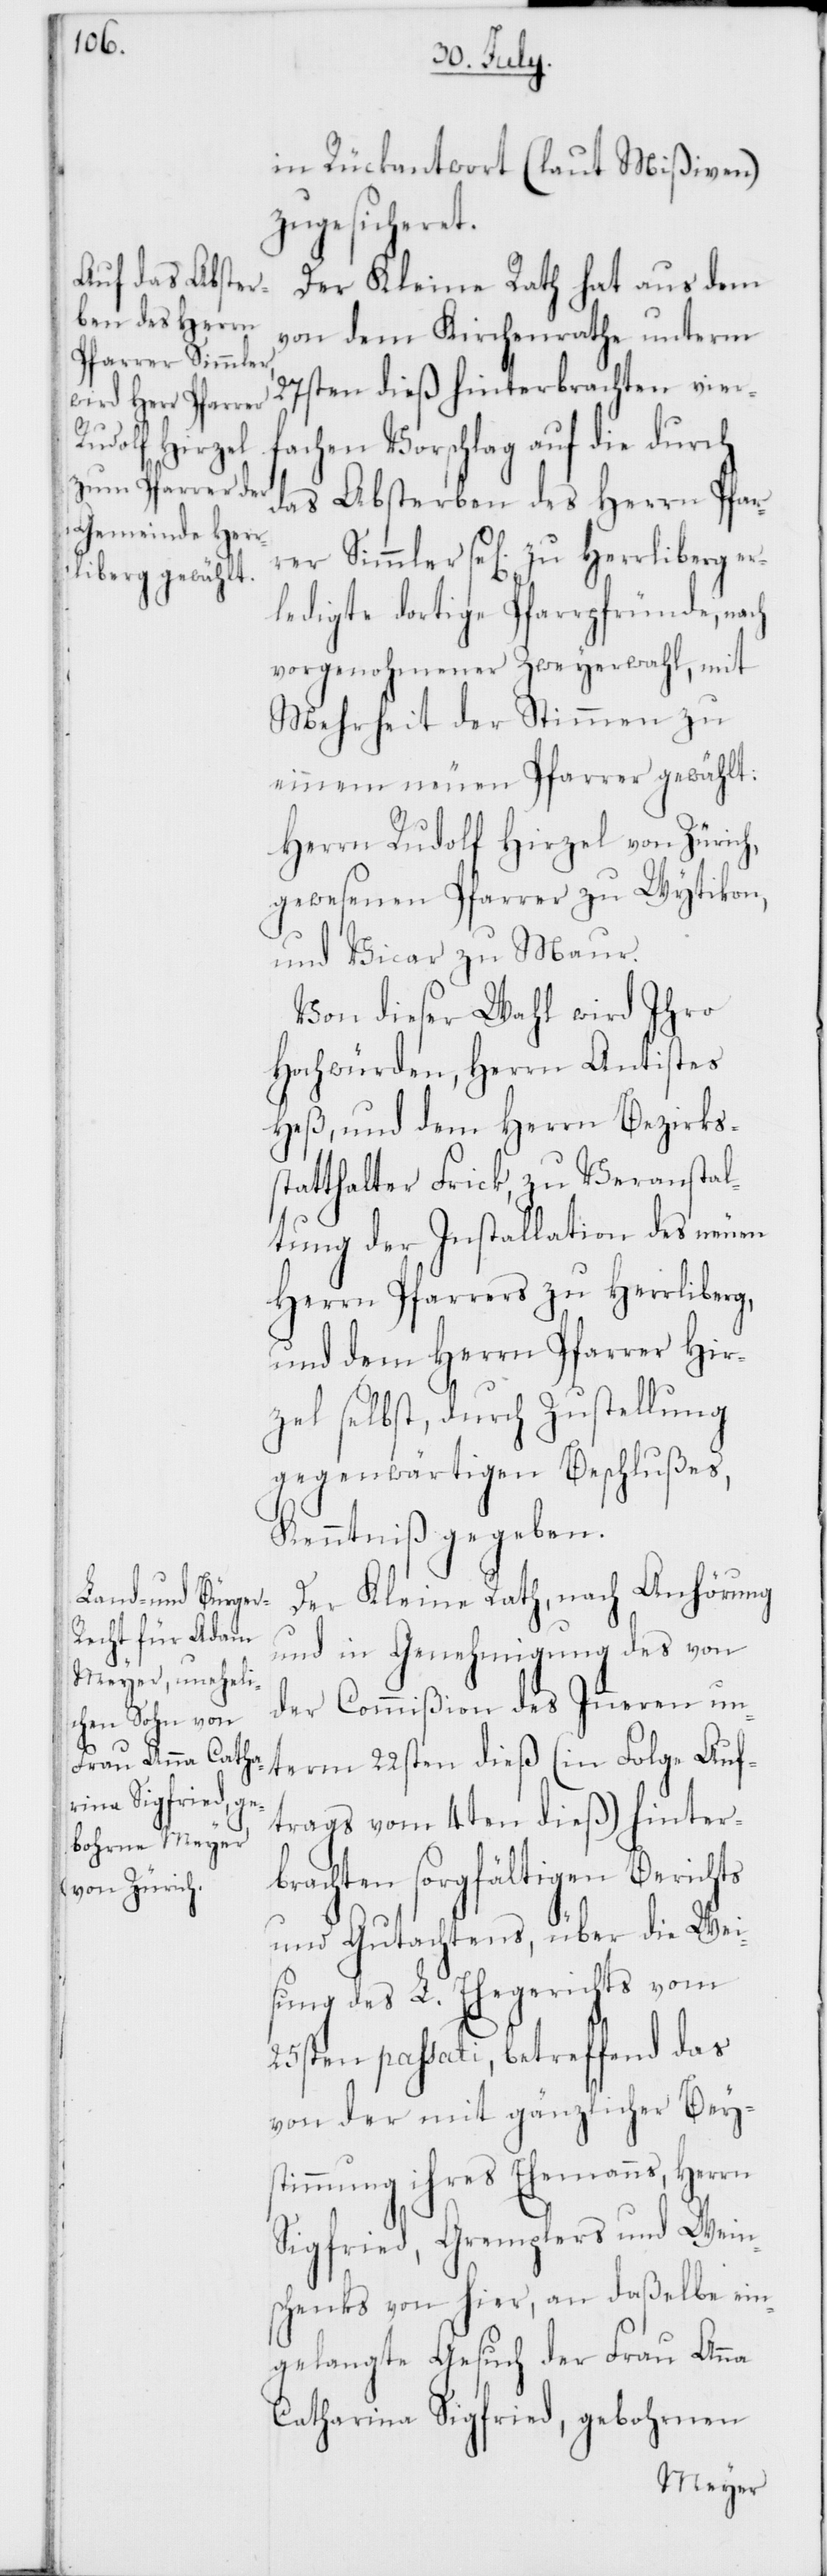
in Rückantwort (laut Mißiven)
zugesicheret.
Der Kleine Rath hat aus dem
von dem Kirchenrathe unterm
27sten dieß hinterbrachten vier¬
fachen Vorschlag auf die durch
das Absterben des Herrn Pfar¬
rer Simmler sel. zu Herrliberg er¬
ledigte dortige Pfarrpfründe, nach
vorgenohmener Zweyerwahl, mit
Mehrheit der Stimmen zu
einem neuen Pfarrer gewählt:
Herr Rudolf Hirzel von Zürich,
gewesenen Pfarrer zu Wytikon
und Vicar zu Maur.
Von dieser Wahl wird Ihro
Hochwürden, Herrn Antistes
Heß, und dem Herrn Bezirks¬
statthalter Frick, zu Veranstal¬
tung der Installation des neuen
Herrn Pfarrers zu Herrliberg,
und dem Herrn Pfarrer Hir¬
zel selbst, durch Zustellung
gegenwärtigen Beschlußes,
Kenntniß gegeben.
Der Kleine Rath, nach Anhörung
und in Genehmigung des von
der Commißion des Inneren un¬
term 22sten dieß (in Folge Auf¬
trags vom 4ten dieß) hinter¬
brachten sorgfältigen Berichts
und Gutachtens, über die Weis¬
ung des L. Ehegerichts vom
25sten passati, betreffend das
von der mit gänzlicher Bey¬
stimmung ihres Ehemanns, Herrn
Sigfried, Gremplers und Wein¬
schenks von hier, an daßelbe ein¬
gelangte Gesuch der Frau Anna
Catharina Sigfried, gebohrnen